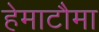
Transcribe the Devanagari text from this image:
हेमाटौमा